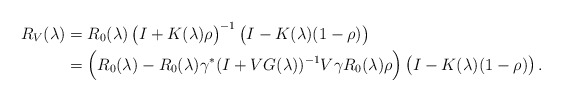
\begin{align*}R_V(\lambda)&=R_0(\lambda)\,\bigl(I+K(\lambda)\rho\bigr)^{-1}\,\bigl(I-K(\lambda)(1-\rho)\bigr)\\&=\Bigl( R_0(\lambda)-R_0(\lambda)\gamma^*(I+VG(\lambda))^{-1}V\gamma R_0(\lambda)\rho \Bigr)\,\bigl(I-K(\lambda)(1-\rho)\bigr)\,.\end{align*}